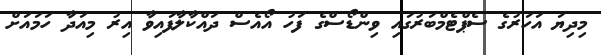
މިދިޔަ އަހަރުގެ ސެޕްޓެމްބަރުގައި ވިންޑޯސްގެ ފަހު އޯއެސް ދައްކާލާފައިވާ އިރު މިއަދާ ހަމައަށް